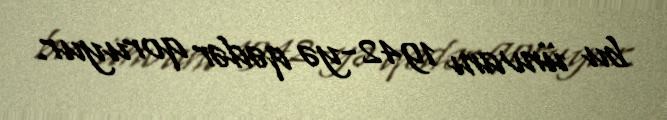
bu ünvanı 1942-yə qədər qoruyur.